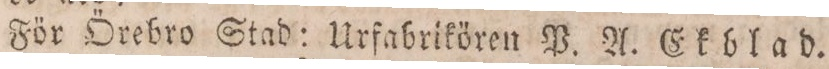
För Örebro Stad: Urfabrikören P. A. Ekblad.